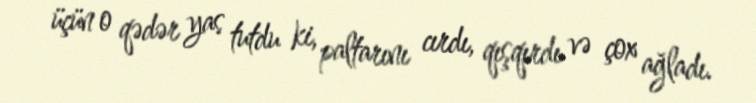
üçün o qədər yas tutdu ki, paltarını cırdı, qışqırdı və çox ağladı.